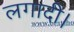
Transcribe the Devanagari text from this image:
लगादी।